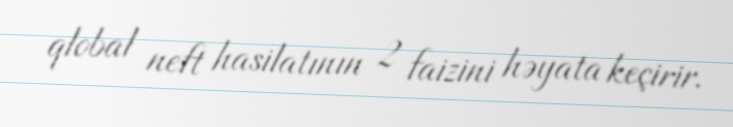
qlobal neft hasilatının 2 faizini həyata keçirir.